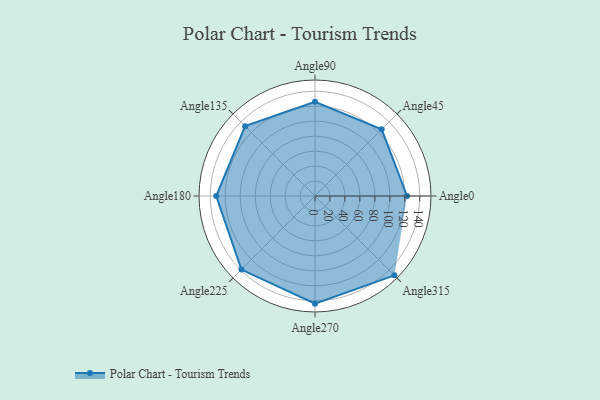
{"axis": {"x": "Angle", "y": "Radius"}, "legend": [""], "data": [{"x": "Angle0", "y": 123.0, "type": ""}, {"x": "Angle45", "y": 126.0, "type": ""}, {"x": "Angle90", "y": 126.0, "type": ""}, {"x": "Angle135", "y": 132.0, "type": ""}, {"x": "Angle180", "y": 132.0, "type": ""}, {"x": "Angle225", "y": 139.0, "type": ""}, {"x": "Angle270", "y": 144.0, "type": ""}, {"x": "Angle315", "y": 150.0, "type": ""}]}